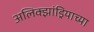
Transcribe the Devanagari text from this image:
अलिक्झांड्रियाच्या